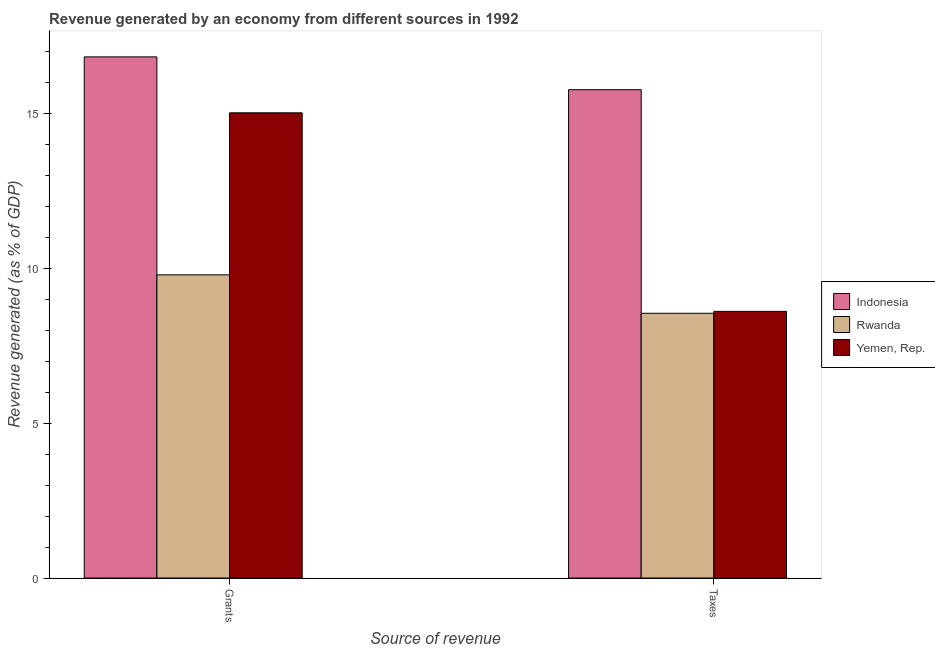
| Source of revenue | Indonesia | Rwanda | Yemen, Rep. |
 | --- | --- | --- | --- |
 | Grants | 16.8 | 9.78 | 15 |
 | Taxes | 15.8 | 8.54 | 8.61 |